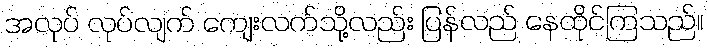
အလုပ် လုပ်လျက် ကျေးလက်သို့လည်း ပြန်လည် နေထိုင်ကြသည်။